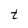
Character: t